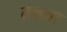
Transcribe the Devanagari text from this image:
तलता